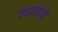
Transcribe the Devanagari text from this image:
वळागोञी